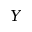
Y